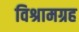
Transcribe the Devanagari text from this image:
विश्रामग्रह